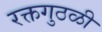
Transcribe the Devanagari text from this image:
रक्तगुठळी